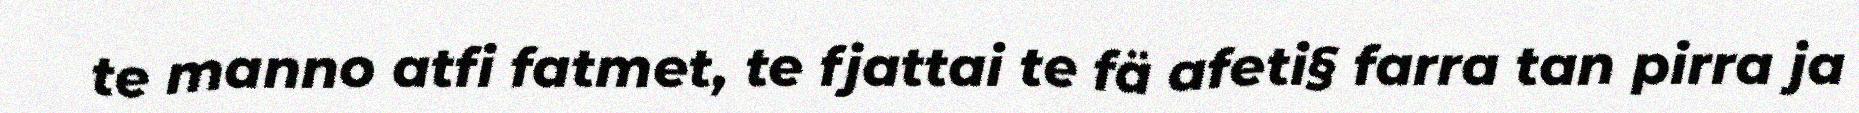
te manno atfi fatmet, te fjattai te fä afeti§ farra tan pirra ja